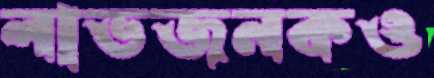
লাভজনকও